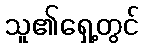
သူ၏ရှေ့တွင်